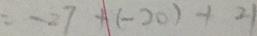
= - 2 7 + ( - 2 0 ) + 2 1